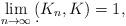
LaTeX: \begin{align*}\lim_{n\rightarrow\infty}\d(K_n, K)=1, \end{align*}